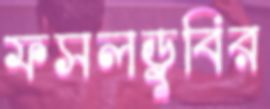
ফসলডুবির